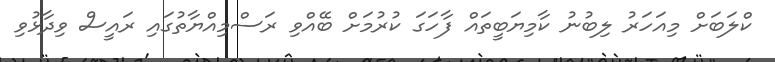
ކްލަބަށް މިއަހަރު ލިބުނު ކާމިޔަބީތައް ފާހަގަ ކުރުމަށް ބޭއްވި ރަސްމިއްޔާތުގައި ރައީސް ވިދާޅުވި